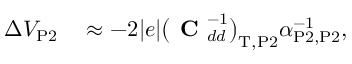
\begin{array} { r l } { \Delta V _ { \mathrm { P 2 } } } & { { } \approx - 2 | e | \big ( \mathrm { \textbf { C } } _ { d d } ^ { - 1 } \big ) _ { \mathrm { T } , \mathrm { P 2 } } \alpha _ { \mathrm { P 2 } , \mathrm { P 2 } } ^ { - 1 } , } \end{array}